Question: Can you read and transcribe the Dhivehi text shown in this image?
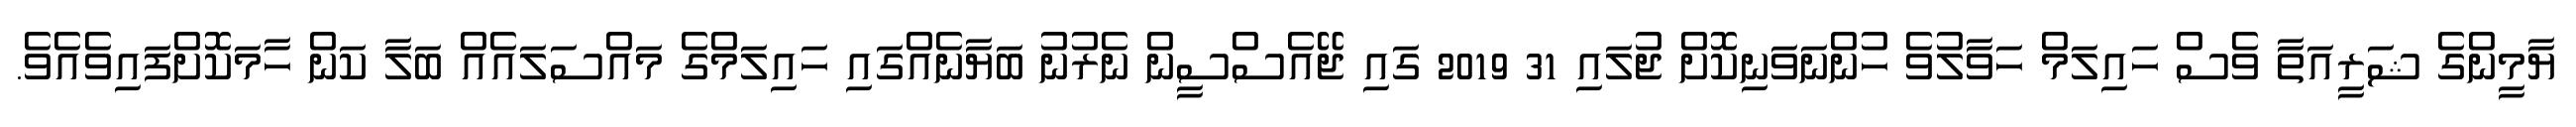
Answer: ޔާމީންގެ ޝަރީއަތާ ވެސް ހައިލަމް ހަވާލުވެ ހުންނަވަނިކޮށް ޖުލައި 31 2019 ގައި ޖޭއެސްސީން ނެރުނު ބަޔާނެއްގައި ހައިލަމްގެ މައްސަލައެއް ބަލާ ކަން ހާމަކޮށްފައިވެއެވެ.